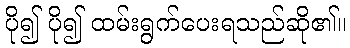
ပို၍ ပို၍ ထမ်းရွက်ပေးရသည်ဆို၏။